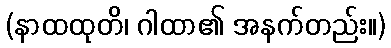
(နာထထုတိ၊ ဂါထာ၏ အနက်တည်း။)